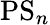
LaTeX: \mathrm{PS}_{n}